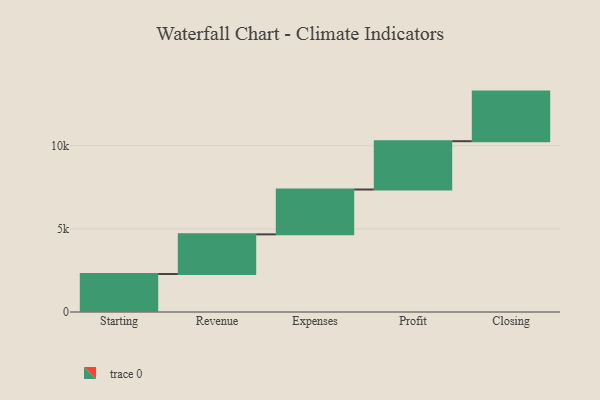
{"axis": {"x": "Step", "y": "Value"}, "legend": [""], "data": [{"x": "Starting", "y": 2284.0, "type": ""}, {"x": "Revenue", "y": 2385.0, "type": ""}, {"x": "Expenses", "y": 2697.0, "type": ""}, {"x": "Profit", "y": 2905.0, "type": ""}, {"x": "Closing", "y": 2983.0, "type": ""}]}